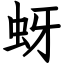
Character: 蚜